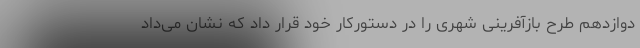
دوازدهم طرح بازآفرینی شهری را در دستورکار خود قرار داد که نشان می‌داد